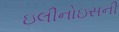
ઇલીનોઇસની